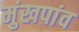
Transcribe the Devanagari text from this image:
मुंखपांव